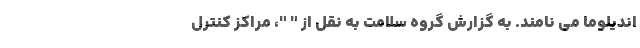
اندیلوما می نامند. به گزارش گروه سلامت به نقل از " "، مراکز کنترل